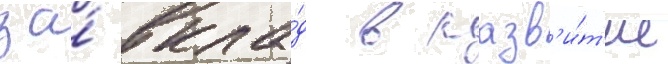
за́ вкла́д в разв'и́т'ие